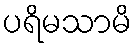
ပရိမသာမိ